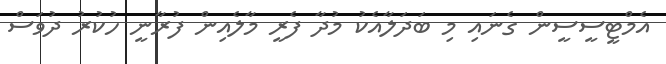
އެމްޓީސީސީން ގެނައި މި ބަދަލާއެކު މުދާ ފެރީ މާލެއިން ފުރާނީ ހުކުރު ދުވަސް